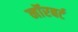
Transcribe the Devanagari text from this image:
नॉरबर्ट